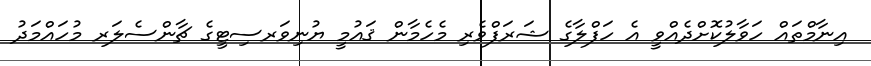
އިނާމްތައް ހަވާލުކޮށްދެއްވީ އެ ހަފްލާގެ ޝަރަފްވެރި މެހެމާން ޤައުމީ ޔުނިވަރސިޓީގެ ޗާންސެލަރ މުހައްމަދު